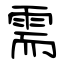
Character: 需